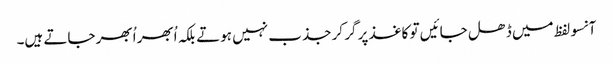
آنسو لفظ میں ڈھل جائیں تو کاغذ پر گر کر جذب نہیں ہوتے بلکہ اُبھر اُبھر جاتے ہیں۔